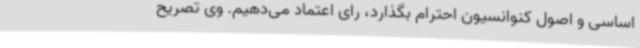
اساسی و اصول کنوانسیون احترام بگذارد، رای اعتماد می‌دهیم. وی تصریح